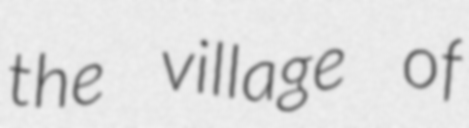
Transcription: the village of